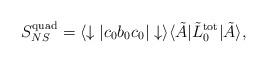
LaTeX: \begin{align*}S_{NS}^{\mathrm{quad}}=\langle\downarrow|c_0b_0c_0|\downarrow\rangle\langle\tilde{A}|\tilde{L}_0^{\mathrm{tot}}|\tilde{A}\rangle, \end{align*}